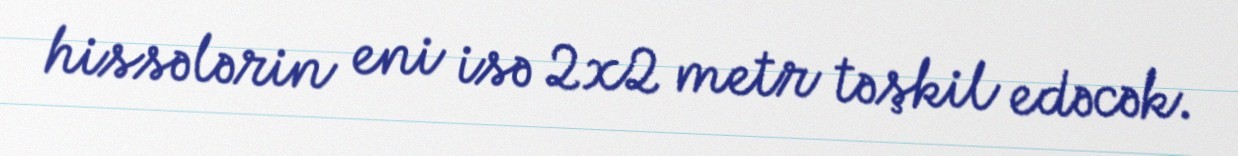
hissələrin eni isə 2x2 metr təşkil edəcək.